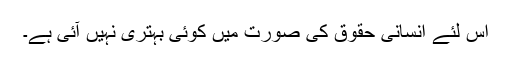
اس لئے انسانی حقوق کی صورت میں کوئی بہتری نہیں آئی ہے۔